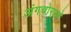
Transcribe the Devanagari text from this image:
अंगचोरपणे